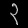
Digit: ၃